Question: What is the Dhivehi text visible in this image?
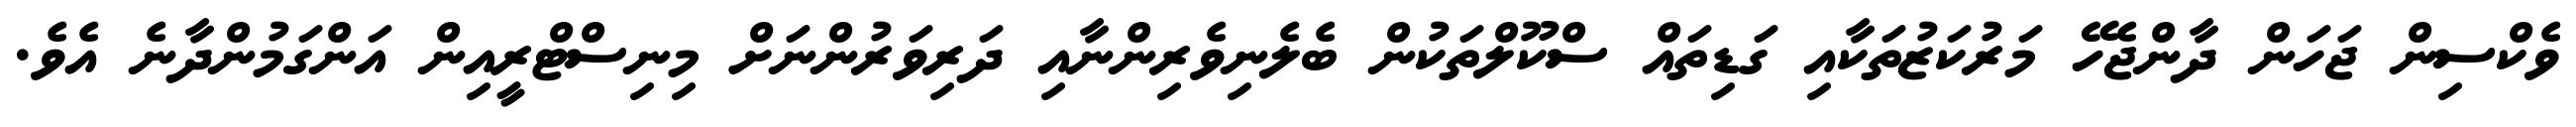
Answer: ވެކްސިން ޖަހަން ދާންޖެހޭ މަރުކަޒުތަކާއި ގަޑިތައް ސްކޫލްތަކުން ބެލެނިވެރިންނާއި ދަރިވަރުންނަށް މިނިސްޓްރީއިން އަންގަމުންދާނެ އެވެ.